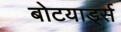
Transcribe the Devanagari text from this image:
बोटयार्ड्स